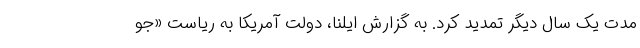
مدت یک سال دیگر تمدید کرد. به گزارش ایلنا، دولت آمریکا به ریاست «جو